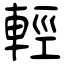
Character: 輕